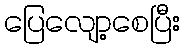
ပြေလျော့စေပြီး